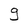
Character: g